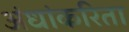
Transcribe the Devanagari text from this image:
अंधांकरिता